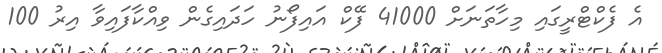
އެ ފެކްޓްރީގައި މިހާތަނަށް 41000 ފޭކް އައިފޯނު ހަދައިގެން ވިއްކާފައިވާ އިރު 100